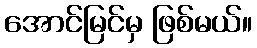
အောင်မြင်မှ ဖြစ်မယ်။